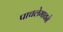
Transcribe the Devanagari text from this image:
पाचलेगावने